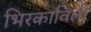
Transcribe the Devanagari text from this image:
भिरकाविली